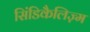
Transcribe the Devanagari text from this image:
सिंडिकैलिज़्म